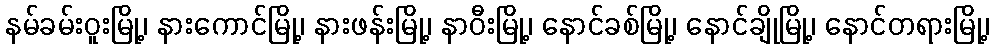
နမ်ခမ်းဝူးမြို့၊ နားကောင်မြို့၊ နားဖန်းမြို့၊ နာဝီးမြို့၊ နောင်ခစ်မြို့၊ နောင်ချိုမြို့၊ နောင်တရားမြို့၊